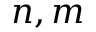
n , m